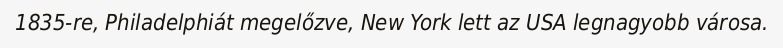
1835-re, Philadelphiát megelőzve, New York lett az USA legnagyobb városa.